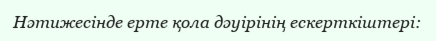
Нәтижесінде ерте қола дәуірінің ескерткіштері: